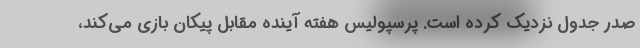
صدر جدول نزدیک کرده است. پرسپولیس هفته آینده مقابل پیکان بازی می‌کند،